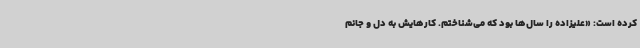
کرده است: «علیزاده را سال‌ها بود که می‌شناختم. کارهایش به دل‌ و جانم